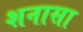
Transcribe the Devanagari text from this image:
शनासा